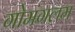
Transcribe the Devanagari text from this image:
गोमंगलम